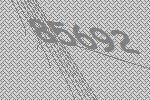
85692